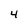
Character: 4